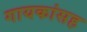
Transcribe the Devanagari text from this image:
गायकांसह